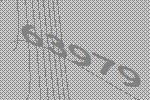
63979